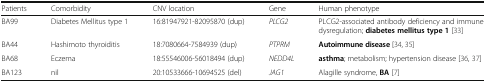
<table><thead><tr><td><b>Patients</b></td><td><b>Comorbidity</b></td><td><b>CNV location</b></td><td><b>Gene</b></td><td><b>Human phenotype</b></td></tr></thead><tbody><tr><td>BA99</td><td>Diabetes Mellitus type 1</td><td>16:81947921-82095870 (dup)</td><td><i>PLCG2</i></td><td>PLCG2-associated antibody deficiency and immune dysregulation; <b>diabetes mellitus type 1</b> [33]</td></tr><tr><td>BA44</td><td>Hashimoto thyroiditis</td><td>18:7080664-7584939 (dup)</td><td><i>PTPRM</i></td><td><b>Autoimmune disease</b> [34, 35]</td></tr><tr><td>BA68</td><td>Eczema</td><td>18:55546006-56018494 (dup)</td><td><i>NEDD4L</i></td><td><b>asthma</b>; metabolism; hypertension disease [36, 37]</td></tr><tr><td>BA123</td><td>nil</td><td>20:10533666-10694525 (del)</td><td><i>JAG1</i></td><td>Alagille syndrome, <b>BA</b> [7]</td></tr></tbody></table>